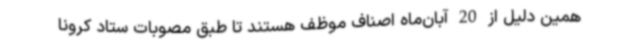
همین دلیل از 20 آبان‌ماه اصناف موظف هستند تا طبق مصوبات ستاد کرونا